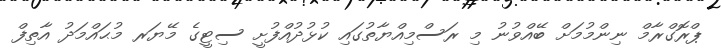
ޕްރޮގްރާމް ނިންމުމަށް ބޭއްވުނު މި ރަސްމިއްޔާތުގައި ކުޅުދުއްފުށީ ސިޓީގެ މޭޔަރ މުޙައްމަދު އާތިފް